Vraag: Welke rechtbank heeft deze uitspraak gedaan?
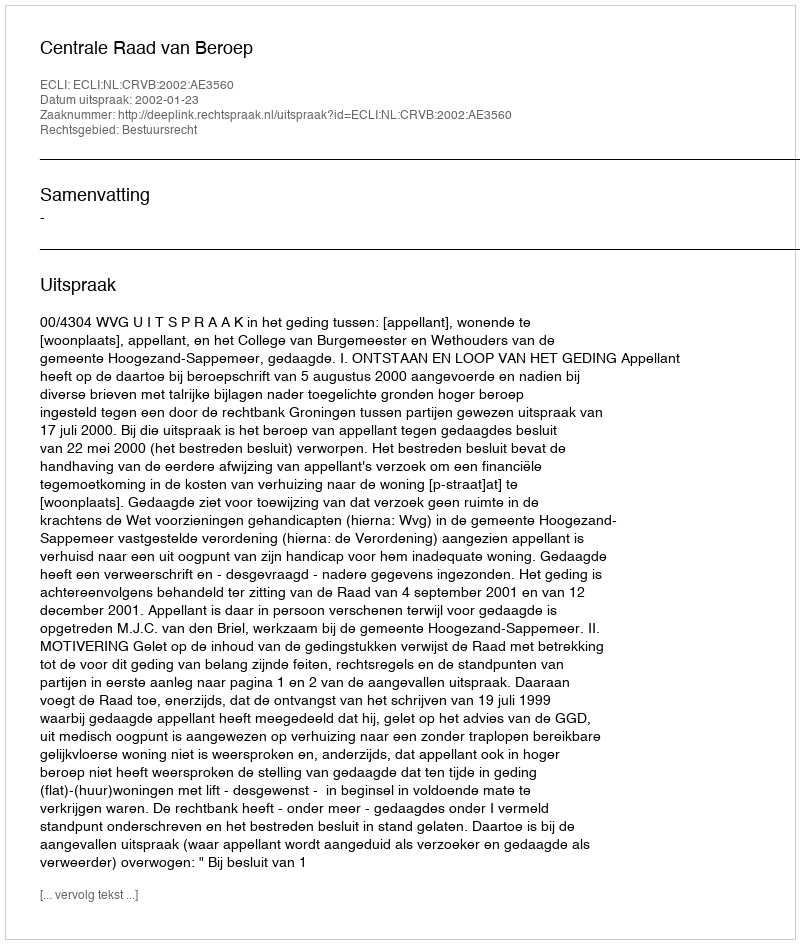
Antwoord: Centrale Raad van Beroep